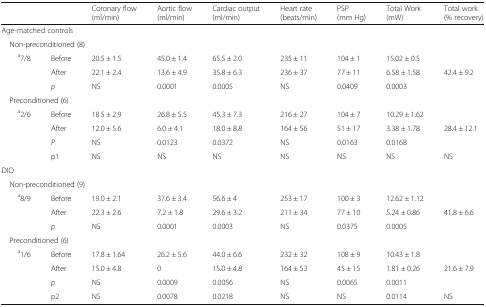
<table><thead><tr><td colspan="2"></td><td><b>Coronary flow (ml/min)</b></td><td><b>Aortic flow (ml/min)</b></td><td><b>Cardiac output (ml/min)</b></td><td><b>Heart rate (beats/min)</b></td><td><b>PSP (mm Hg)</b></td><td><b>Total Work (mW)</b></td><td><b>Total work (% recovery)</b></td></tr></thead><tbody><tr><td colspan="9">Age-matched controls</td></tr><tr><td colspan="9"> Non-preconditioned (8)</td></tr><tr><td rowspan="3"><sup>a</sup>7/8</td><td>Before</td><td>20.5 ± 1.5</td><td>45.0 ± 1.4</td><td>65.5 ± 2.0</td><td>235 ± 11</td><td>104 ± 1</td><td>15.02 ± 0.5</td><td></td></tr><tr><td>After</td><td>22.1 ± 2.4</td><td>13.6 ± 4.9</td><td>35.8 ± 6.3</td><td>236 ± 37</td><td>77 ± 11</td><td>6.58 ± 1.58</td><td>42.4 ± 9.2</td></tr><tr><td><i>p</i></td><td>NS</td><td>0.0001</td><td>0.0005</td><td>NS</td><td>0.0409</td><td>0.0003</td><td></td></tr><tr><td colspan="9"> Preconditioned (6)</td></tr><tr><td rowspan="4"><sup>a</sup>2/6</td><td>Before</td><td>18.5 ± 2.9</td><td>26.8 ± 5.5</td><td>45.3 ± 7.3</td><td>216 ± 27</td><td>104 ± 7</td><td>10.29 ± 1.62</td><td></td></tr><tr><td>After</td><td>12.0 ± 5.6</td><td>6.0 ± 4.1</td><td>18.0 ± 8.8</td><td>164 ± 56</td><td>51 ± 17</td><td>3.38 ± 1.78</td><td>28.4 ± 12.1</td></tr><tr><td><i>P</i></td><td>NS</td><td>0.0123</td><td>0.0372</td><td>NS</td><td>0.0163</td><td>0.0168</td><td></td></tr><tr><td>p1</td><td>NS</td><td>NS</td><td>NS</td><td>NS</td><td>NS</td><td>NS</td><td>NS</td></tr><tr><td colspan="9">DIO</td></tr><tr><td colspan="9"> Non-preconditioned (9)</td></tr><tr><td rowspan="3"><sup>a</sup>8/9</td><td>Before</td><td>19.0 ± 2.1</td><td>37.6 ± 3.4</td><td>56.6 ± 4</td><td>253 ± 17</td><td>100 ± 3</td><td>12.62 ± 1.12</td><td></td></tr><tr><td>After</td><td>22.3 ± 2.6</td><td>7.2 ± 1.8</td><td>29.6 ± 3.2</td><td>211 ± 34</td><td>77 ± 10</td><td>5.24 ± 0.86</td><td>41.8 ± 6.6</td></tr><tr><td><i>p</i></td><td>NS</td><td>0.0001</td><td>0.0003</td><td>NS</td><td>0.0375</td><td>0.0005</td><td></td></tr><tr><td colspan="9"> Preconditioned (6)</td></tr><tr><td rowspan="4"><sup>a</sup>1/6</td><td>Before</td><td>17.8 ± 1.64</td><td>26.2 ± 5.6</td><td>44.0 ± 6.6</td><td>232 ± 32</td><td>108 ± 9</td><td>10.43 ± 1.8</td><td></td></tr><tr><td>After</td><td>15.0 ± 4.8</td><td>0</td><td>15.0 ± 4.8</td><td>164 ± 53</td><td>45 ± 15</td><td>1.81 ± 0.26</td><td>21.6 ± 7.9</td></tr><tr><td><i>p</i></td><td>NS</td><td>0.0009</td><td>0.0056</td><td>NS</td><td>0.0065</td><td>0.0011</td><td></td></tr><tr><td>p2</td><td>NS</td><td>0.0078</td><td>0.0218</td><td>NS</td><td>NS</td><td>0.0114</td><td>NS</td></tr></tbody></table>